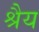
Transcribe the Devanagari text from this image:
श्रैय